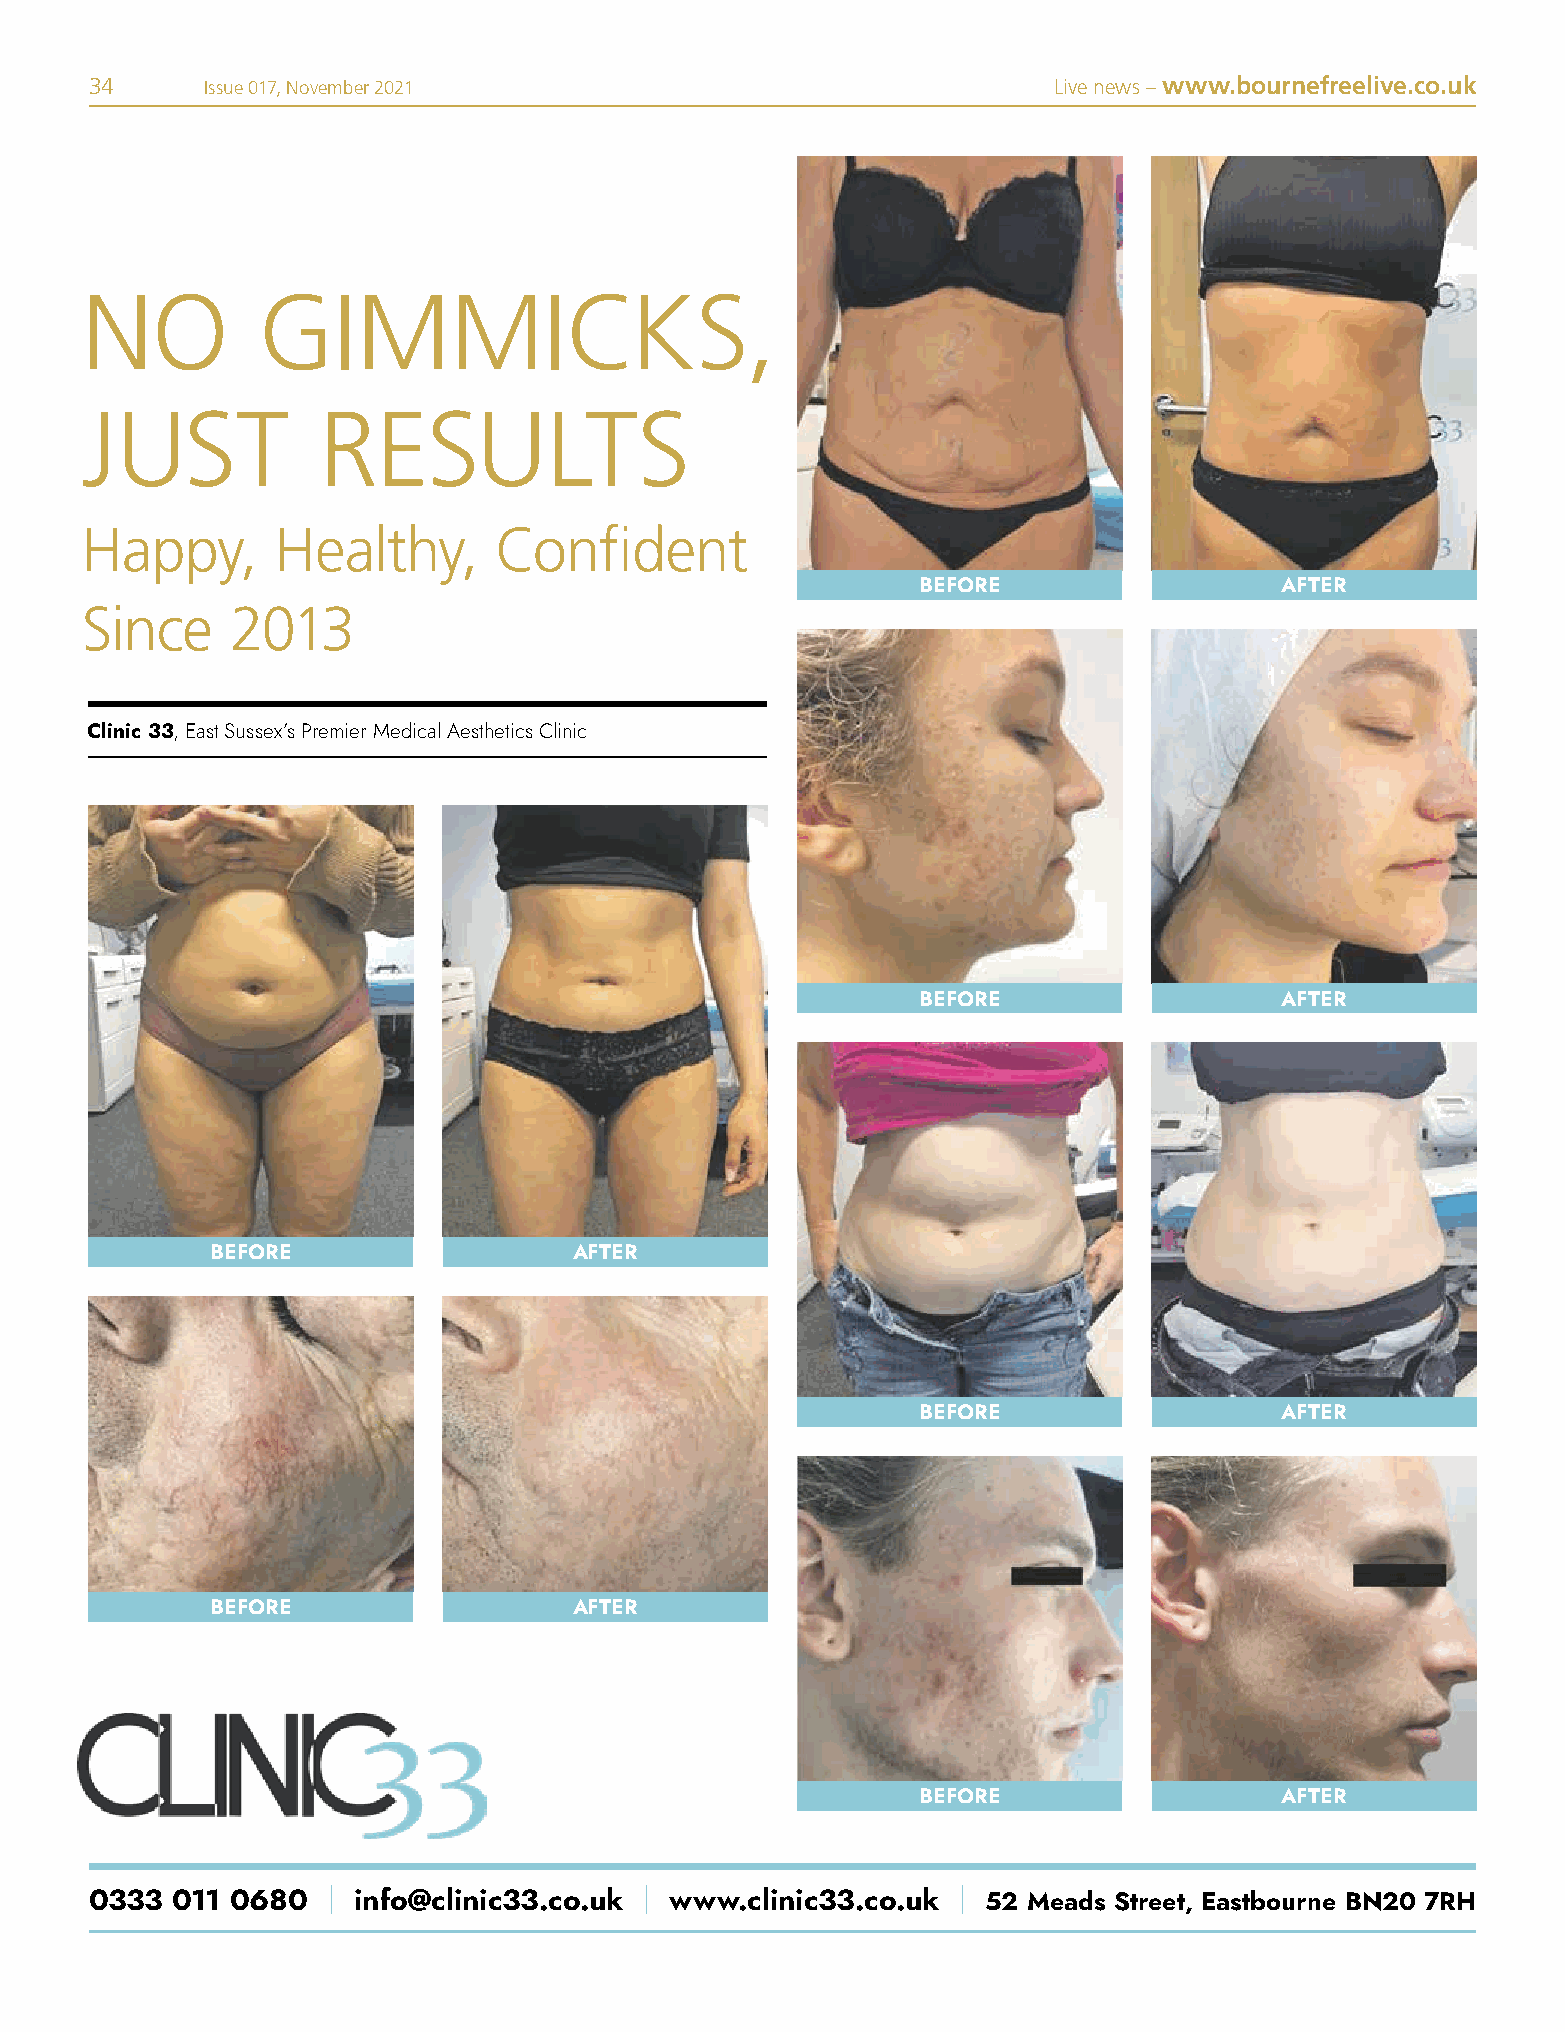
34     Issue 017, November 2021                                 Live news – www.bournefreelive.co.uk
 NO          GIMMICKS,
 JUST            RESULTS
 Happy,       Healthy,       Confident
 BEFORE                  AFTER
 Since     2013
 Clinic 33, East Sussex’s Premier Medical Aesthetics Clinic
 BEFORE                  AFTER
 BEFORE                  AFTER
 BEFORE                  AFTER
 BEFORE                  AFTER
 BEFORE                  AFTER
 0333 011 0680   | info@clinic33.co.uk | www.clinic33.co.uk | 52 Meads Street, Eastbourne BN20 7RH